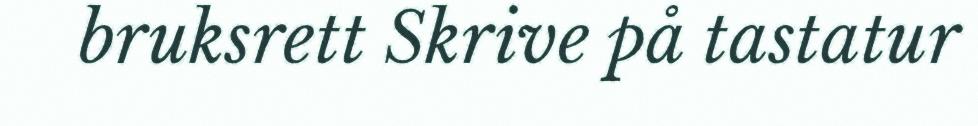
bruksrett Skrive på tastatur